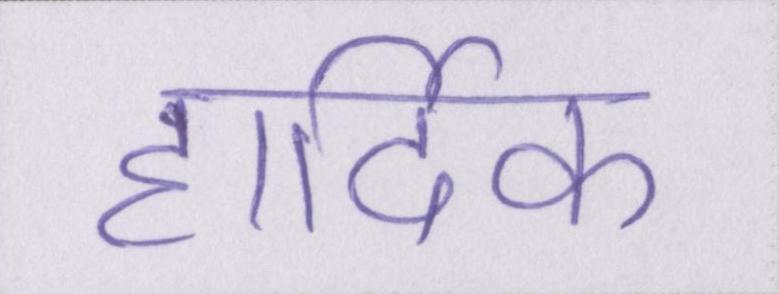
हार्दिक